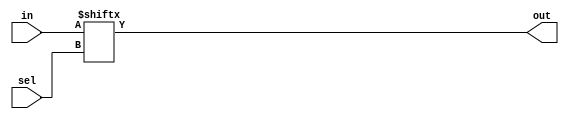
module Mux_8x1(sel,in,out);

output reg out;
input [2:0] sel;
input [7:0] in;

integer count;

always @(sel,in)
	out = in[sel];
endmodule